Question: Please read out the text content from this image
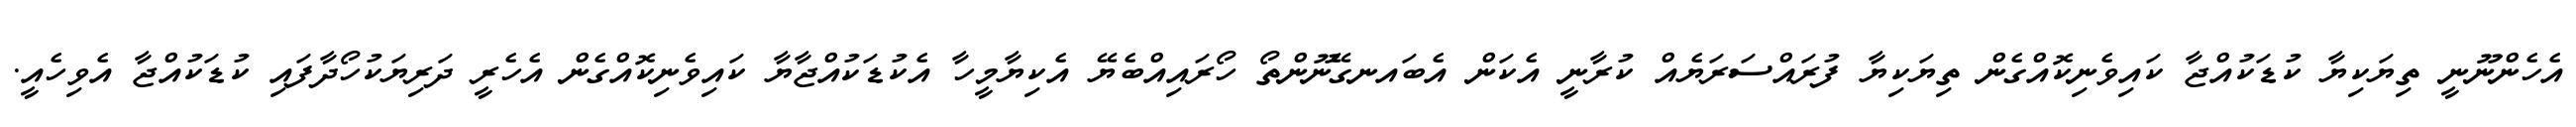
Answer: އެހެންނޫނީ ތިޔަކިޔާ ކުޑަކުއްޖާ ކައިވެނިކޮއްގެން ތިޔަކިޔާ ފުރައްސަރަޔެއް ކުރާނީ އެކަން އެބައނގޭނޫންތޯ ހޯރައިއްބެޔޭ އެކިޔާމީހާ އެކުޑަކުއްޖާޔާ ކައިވެނިކޮއްގެން އެހެރީ ދަރިޔަކުހޯދާފައި ކުޑަކުއްޖާ އެވިހެއީ.